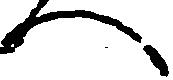
へ